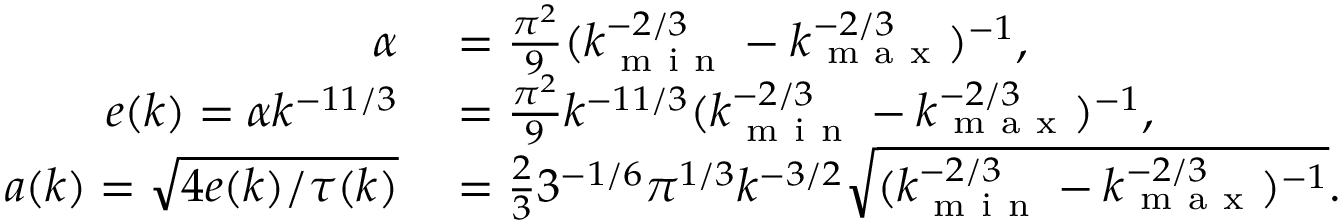
\begin{array} { r l } { \alpha } & { { } = \frac { \pi ^ { 2 } } { 9 } ( k _ { \mathrm { ~ m ~ i ~ n ~ } } ^ { - 2 / 3 } - k _ { \mathrm { ~ m ~ a ~ x ~ } } ^ { - 2 / 3 } ) ^ { - 1 } , } \\ { e ( k ) = \alpha k ^ { - 1 1 / 3 } } & { { } = \frac { \pi ^ { 2 } } { 9 } k ^ { - 1 1 / 3 } ( k _ { \mathrm { ~ m ~ i ~ n ~ } } ^ { - 2 / 3 } - k _ { \mathrm { ~ m ~ a ~ x ~ } } ^ { - 2 / 3 } ) ^ { - 1 } , } \\ { a ( k ) = \sqrt { 4 e ( k ) / \tau ( k ) } } & { { } = \frac { 2 } { 3 } 3 ^ { - 1 / 6 } \pi ^ { 1 / 3 } k ^ { - 3 / 2 } \sqrt { ( k _ { \mathrm { ~ m ~ i ~ n ~ } } ^ { - 2 / 3 } - k _ { \mathrm { ~ m ~ a ~ x ~ } } ^ { - 2 / 3 } ) ^ { - 1 } } . } \end{array}